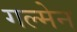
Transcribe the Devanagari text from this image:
गल्मेन